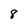
Character: 8